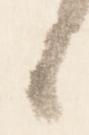
候